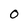
Character: 0